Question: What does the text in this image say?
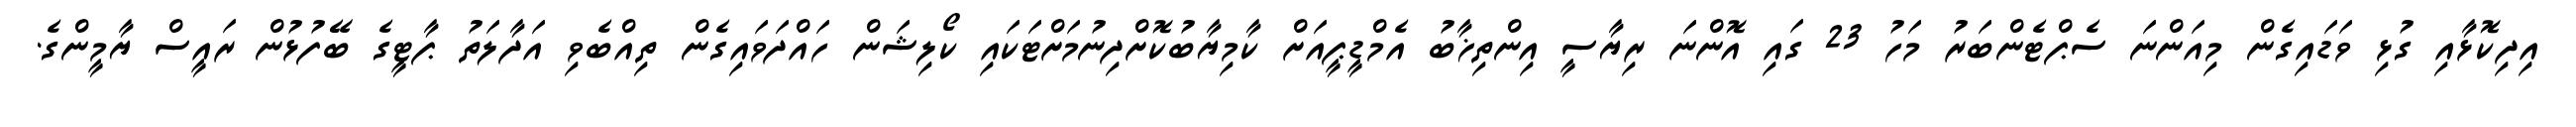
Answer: އިދިކޮޅާއި ގުޅި ވަޑައިގެން މިއަންނަ ސެޕްޓެންބަރު މަހު 23 ގައި އޮންނަ ރިޔާސީ އިންތިޚާބު އެމްޑީޕީއަށް ކާމިޔާބުކޮށްދިނުމަށްޓަކައި ކޯލިޝަން ހައްދަވައިގެން ތިއްބެވި އަދާލަތު ޕާޓީގެ ބޭފުޅުން ރައީސް ޔާމީންގެ.